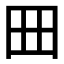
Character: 𡆪